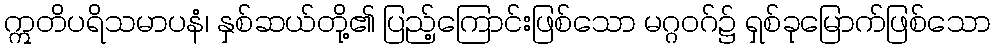
ဣတိပရိသမာပနံ၊ နှစ်ဆယ်တို့၏ ပြည့်ကြောင်းဖြစ်သော မဂ္ဂဝဂ်၌ ရှစ်ခုမြောက်ဖြစ်သော